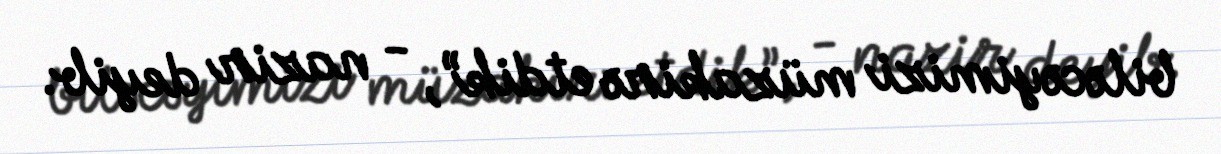
biləcəyimizi müzakirə etdik”, - nazir deyib.